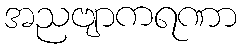
အညဗျာကရဏာ